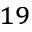
^ { 1 9 }